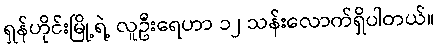
ရှန်ဟိုင်းမြို့ရဲ့ လူဦးရေဟာ ၁၂ သန်းလောက်ရှိပါတယ်။